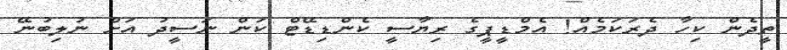
ތީދެން ކިހާ ދެރަކަމެއް! އެމްޑީޕީގެ ރިޔާސީ ކެންޑިޑޭޓް ކަން ނަސީދު އަށް ނުލިބުނޭ